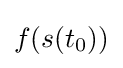
f(s(t_{0}))